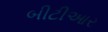
બીટીઆર